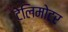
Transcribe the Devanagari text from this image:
टेलिमोटर